Annual report of the Civil Veterinary Department, Bengal, for the year 1897-98 - 1897-1898
Year: 1897
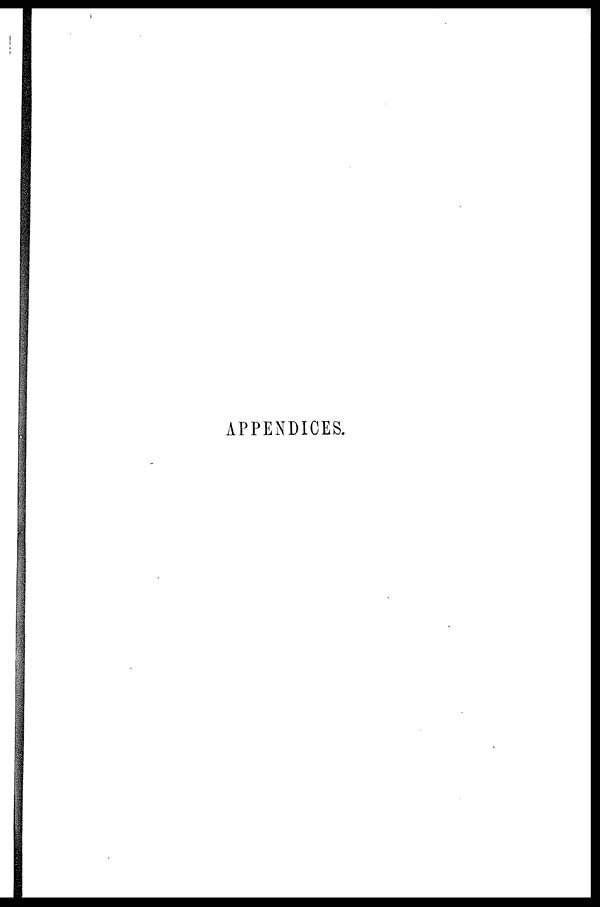
APPENDICES.